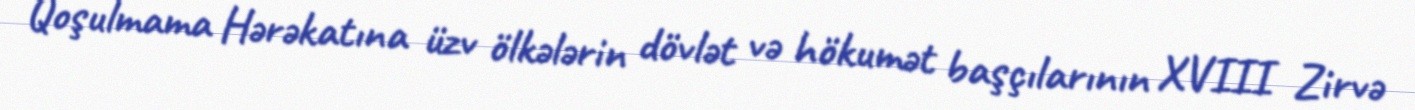
Qoşulmama Hərəkatına üzv ölkələrin dövlət və hökumət başçılarının XVIII Zirvə